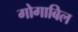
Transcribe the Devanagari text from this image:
गोगाबिल